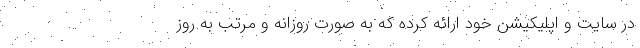
در سایت و اپلیکیشن خود ارائه کرده که به صورت روزانه و مرتب به روز